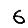
Digit: 6